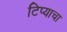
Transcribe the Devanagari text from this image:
टिप्याचा